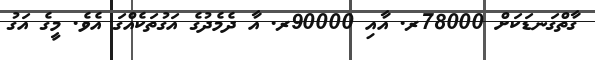
ގާތްގަނޑަކަށް 78000ރ. އާއި 90000ރ. އާ ދެމެދުގެ އަގުތަކެއްގަ އެވެ. މީގެ އަގު